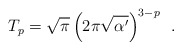
\begin{align*}T_p=\sqrt{\pi}\,\Big(2\pi\sqrt{\alpha'}\Big)^{3-p}~~.\end{align*}